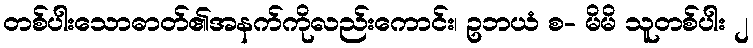
တစ်ပါးသောဓာတ်၏အနက်ကိုလည်းကောင်း၊ ဥဘယံ စ- မိမိ သူတစ်ပါး ၂